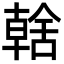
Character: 𮍿